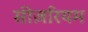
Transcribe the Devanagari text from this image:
सीज़रियम